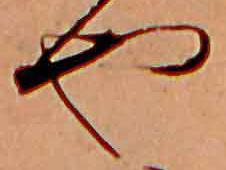
や